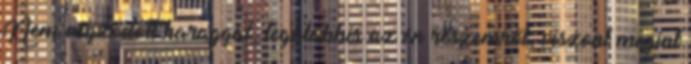
Nem végződőtt haraggal, legalábbis az én részemről, viszont megint